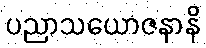
ပညာသယောဇနာနိ